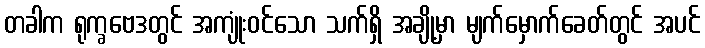
တခါက ရုက္ခဗေဒတွင် အကျုံးဝင်သော သက်ရှိ အချို့မှာ မျက်မှောက်ခေတ်တွင် အပင်